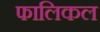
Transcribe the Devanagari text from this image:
फालिकल